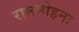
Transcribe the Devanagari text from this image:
राममोहनः